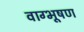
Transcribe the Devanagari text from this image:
वाग्भूषण